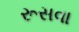
રૂસવા